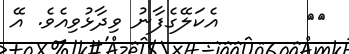
٣١       އެކަލޭގެފާނު ވިދާޅުވިއެވެ. އޭ